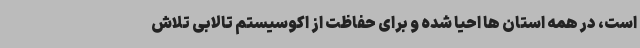
است، در همه استان ها احیا شده و برای حفاظت از اکوسیستم تالابی تلاش